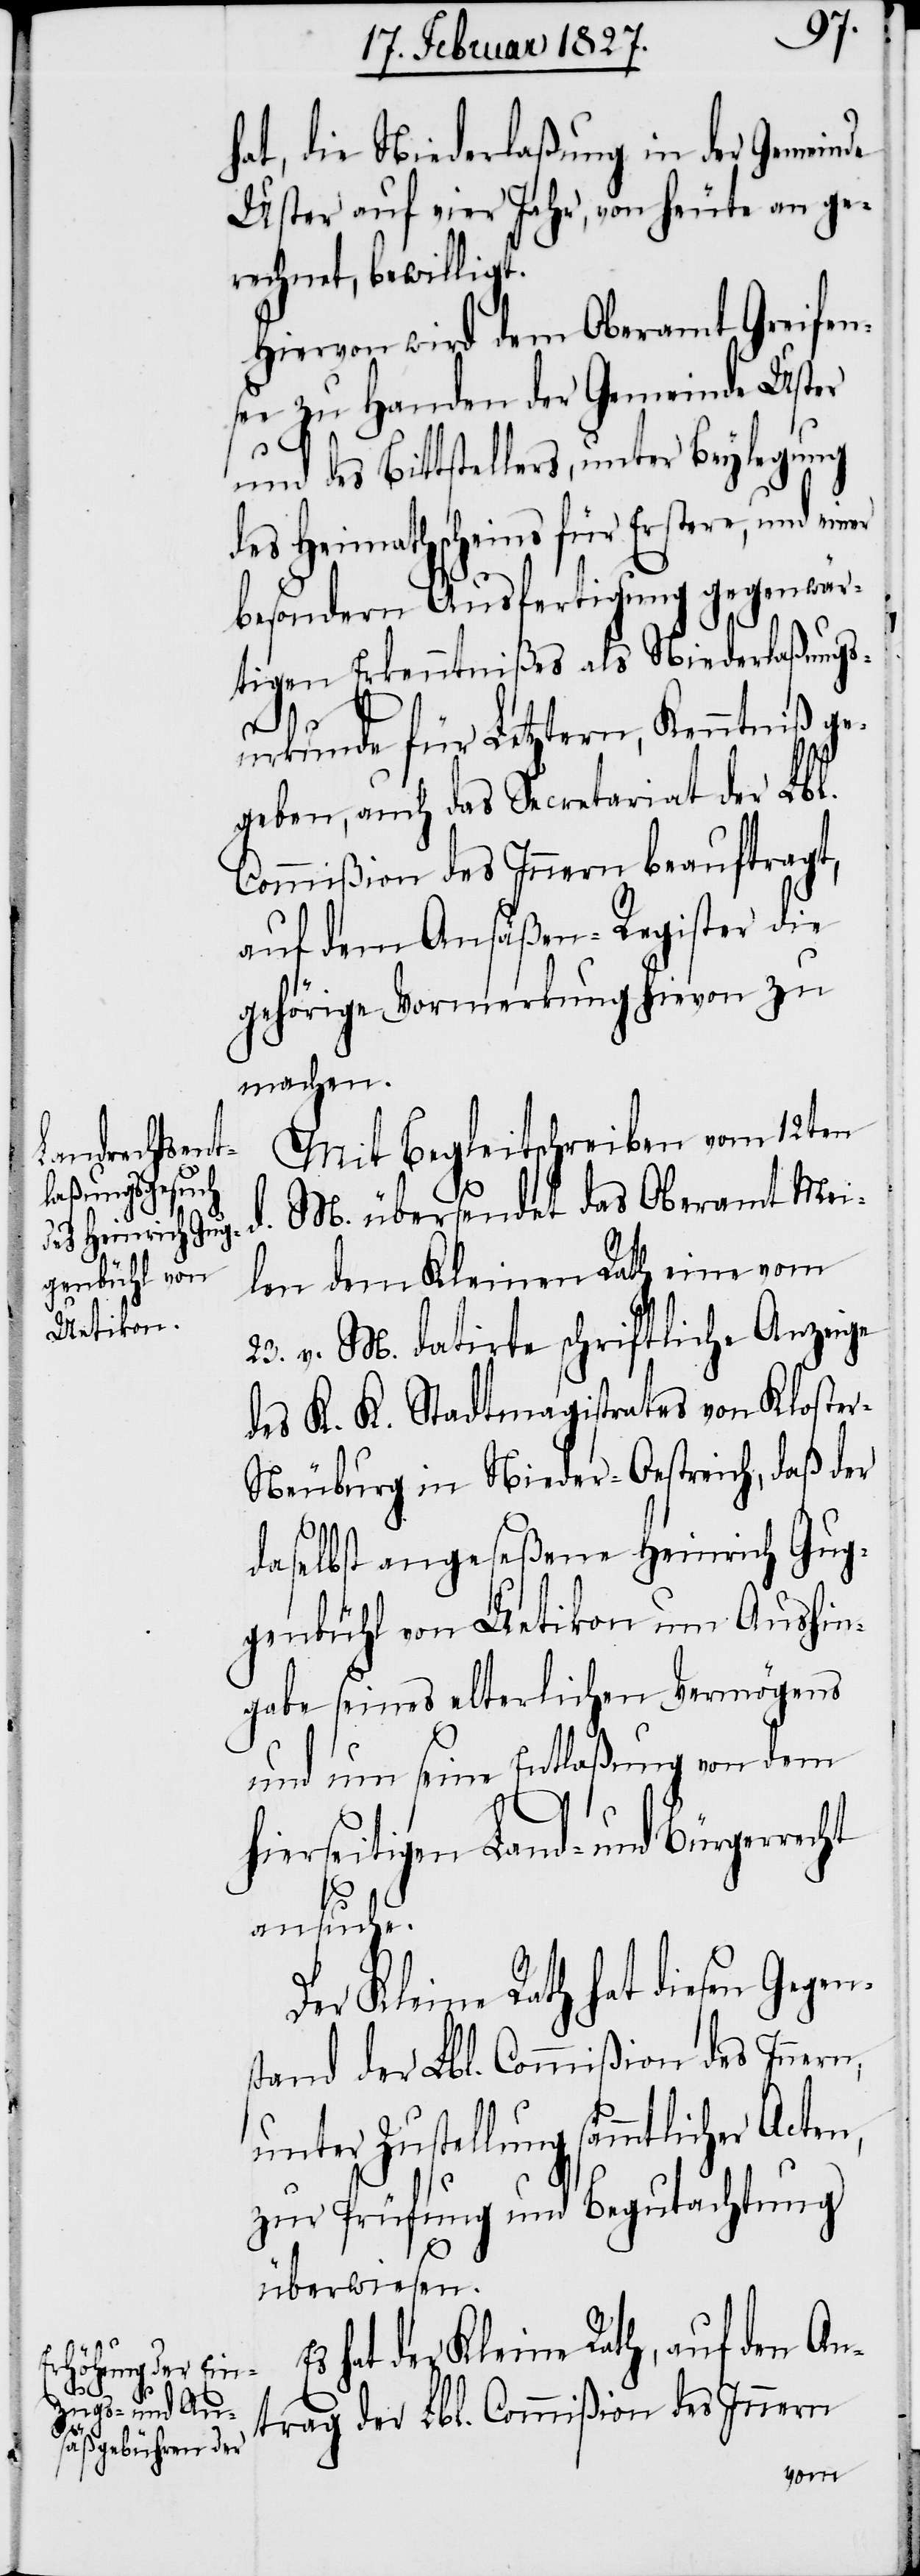
hat, die Niederlaßung in der Gemeinde
Uster auf vier Jahr, von heute an ge¬
rechnet, bewilligt.
Hiervon wird dem Oberamt Greifen¬
see zu Handen der Gemeinde Uster
und des Bittstellers, unter Beylegung
des Heimathscheins für Erstere, und einer
besondern Ausfertigung gegenwär¬
tigen Erkenntnißes als Niederlaßungs¬
urkunde für Letztern, Kenntniß ge¬
geben, auch das Secretariat der Lbl.
Commißion des Innern beauftragt,
auf dem Ansäßen-Register die
gehörige Vormerkung hievon zu
machen.
Mit Begleitschreiben vom 12ten
d. M. übersendet das Oberamt Mei¬
len dem Kleinen Rath eine vom
23. v. M. datirte schriftliche Anzeige
des K. K. Stadtmagistrates von Kloste¬
r-Neuburg in Nieder-Oestreich, daß der
daselbst angeseßene Heinrich Gug¬
genbühl von Uetikon um Aushin¬
gabe seines elterlichen Vermögens
und um seine Entlaßung von dem
ansuche.
Der Kleine Rath hat diesen Gegen¬
stand der Lbl. Commißion des Innern,
unter Zustellung sämmtlicher Acten,
zur Prüfung und Begutachtung
überwiesen.
hat der Kleine Rath, auf den An¬
trag der Lbl. Commißion des Innern